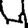
Digit: 4